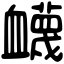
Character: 衊